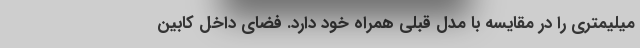
میلیمتری را در مقایسه با مدل قبلی همراه خود دارد. فضای داخل کابین